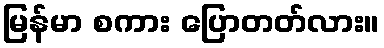
မြန်မာ စကား ပြောတတ်လား။